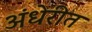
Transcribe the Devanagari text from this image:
अंधेरीत